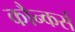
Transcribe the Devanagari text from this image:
कौन्कर्स